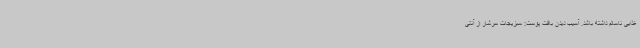
غذایی ناسالم داشته باشد. آسیب دیدن بافت پوست: سبزیجات سرشار از آنتی